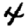
Digit: 4